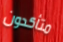
متأكدون